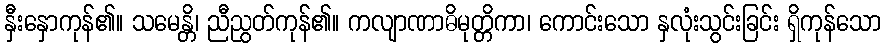
နှီးနှောကုန်၏။ သမေန္တိ၊ ညီညွတ်ကုန်၏။ ကလျာဏာဓိမုတ္တိကာ၊ ကောင်းသော နှလုံးသွင်းခြင်း ရှိကုန်သော